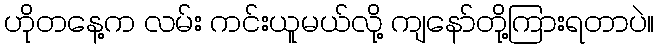
ဟိုတနေ့က လမ်း ကင်းယူမယ်လို့ ကျနော်တို့ကြားရတာပဲ။